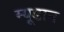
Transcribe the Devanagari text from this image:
म्यूडान